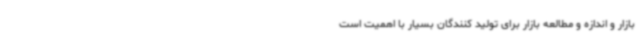
بازار و اندازه و مطالعه بازار برای تولید کنندگان بسیار با اهمیت است